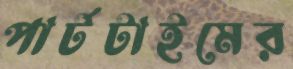
পার্টটাইমের